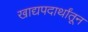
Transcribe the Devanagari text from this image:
खाद्यपदार्थांतून